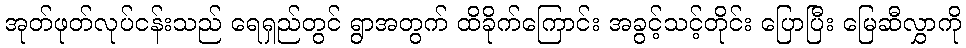
အုတ်ဖုတ်လုပ်ငန်းသည် ရေရှည်တွင် ရွာအတွက် ထိခိုက်ကြောင်း အခွင့်သင့်တိုင်း ပြောပြီး မြေဆီလွှာကို